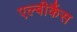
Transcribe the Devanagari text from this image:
एल्बीकैंस